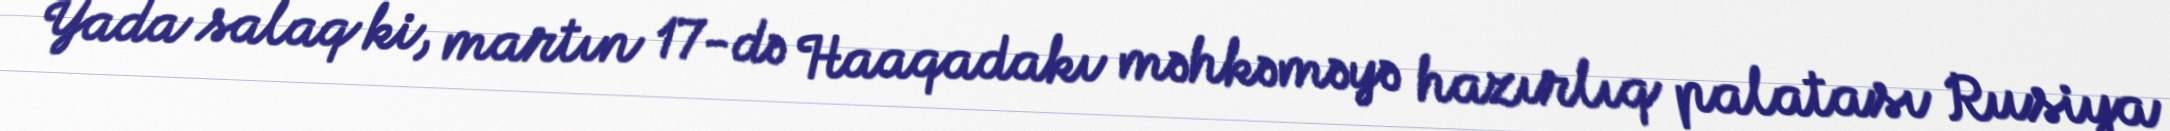
Yada salaq ki, martın 17-də Haaqadakı məhkəməyə hazırlıq palatası Rusiya